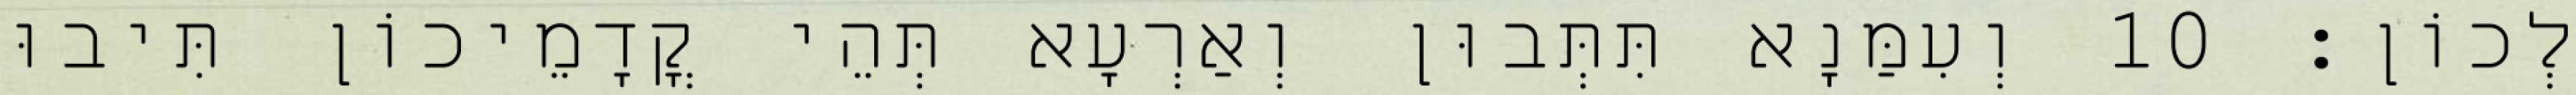
לְכוֹן׃ 10 וְעִמַּנָא תִּתְּבוּן וְאַרְעָא תְּהֵי קֳדָמֵיכוֹן תִּיבוּ